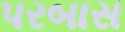
પરબાસ